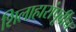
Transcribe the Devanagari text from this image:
शिलाहारांपूर्वीच